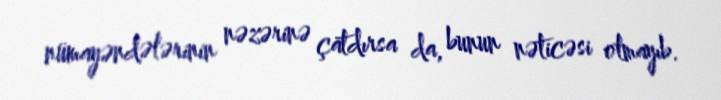
nümayəndələrinin nəzərinə çatdırsa da, bunun nəticəsi olmayıb.